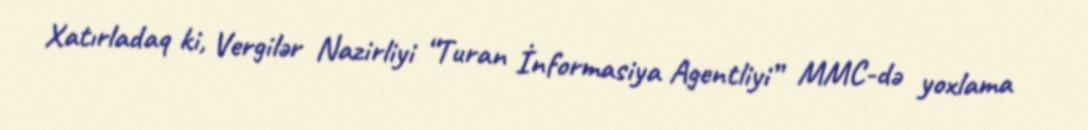
Xatırladaq ki, Vergilər Nazirliyi “Turan İnformasiya Agentliyi” MMC-də yoxlama